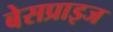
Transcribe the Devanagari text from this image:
बेसप्राइज